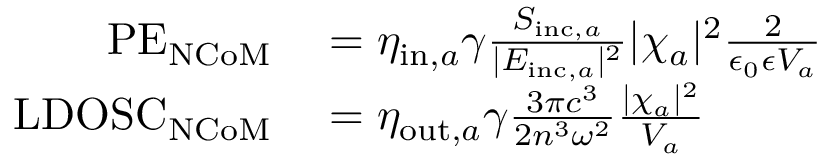
\begin{array} { r l } { \mathrm { P E } _ { \mathrm { N C o M } } } & { { } = \eta _ { \mathrm { i n } , a } \gamma \frac { S _ { \mathrm { i n c } , a } } { | E _ { \mathrm { i n c } , a } | ^ { 2 } } | \chi _ { a } | ^ { 2 } \frac { 2 } { \epsilon _ { 0 } \epsilon V _ { a } } } \\ { \mathrm { L D O S C } _ { \mathrm { N C o M } } } & { { } = \eta _ { \mathrm { o u t } , a } \gamma \frac { 3 \pi c ^ { 3 } } { 2 n ^ { 3 } \omega ^ { 2 } } \frac { | \chi _ { a } | ^ { 2 } } { V _ { a } } } \end{array}